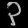
Digit: ၃